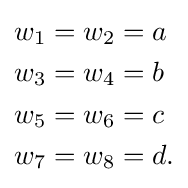
{\begin{aligned}w_{1}=w_{2}&=a\\w_{3}=w_{4}&=b\\w_{5}=w_{6}&=c\\w_{7}=w_{8}&=d.\end{aligned}}